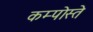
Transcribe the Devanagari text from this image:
कम्पोस्ते